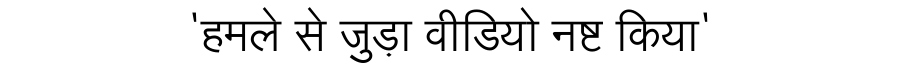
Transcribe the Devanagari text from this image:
'हमले से जुड़ा वीडियो नष्ट किया'